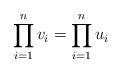
LaTeX: \begin{align*} \prod_{i=1}^n v_i = \prod_{i=1}^n u_i \end{align*}